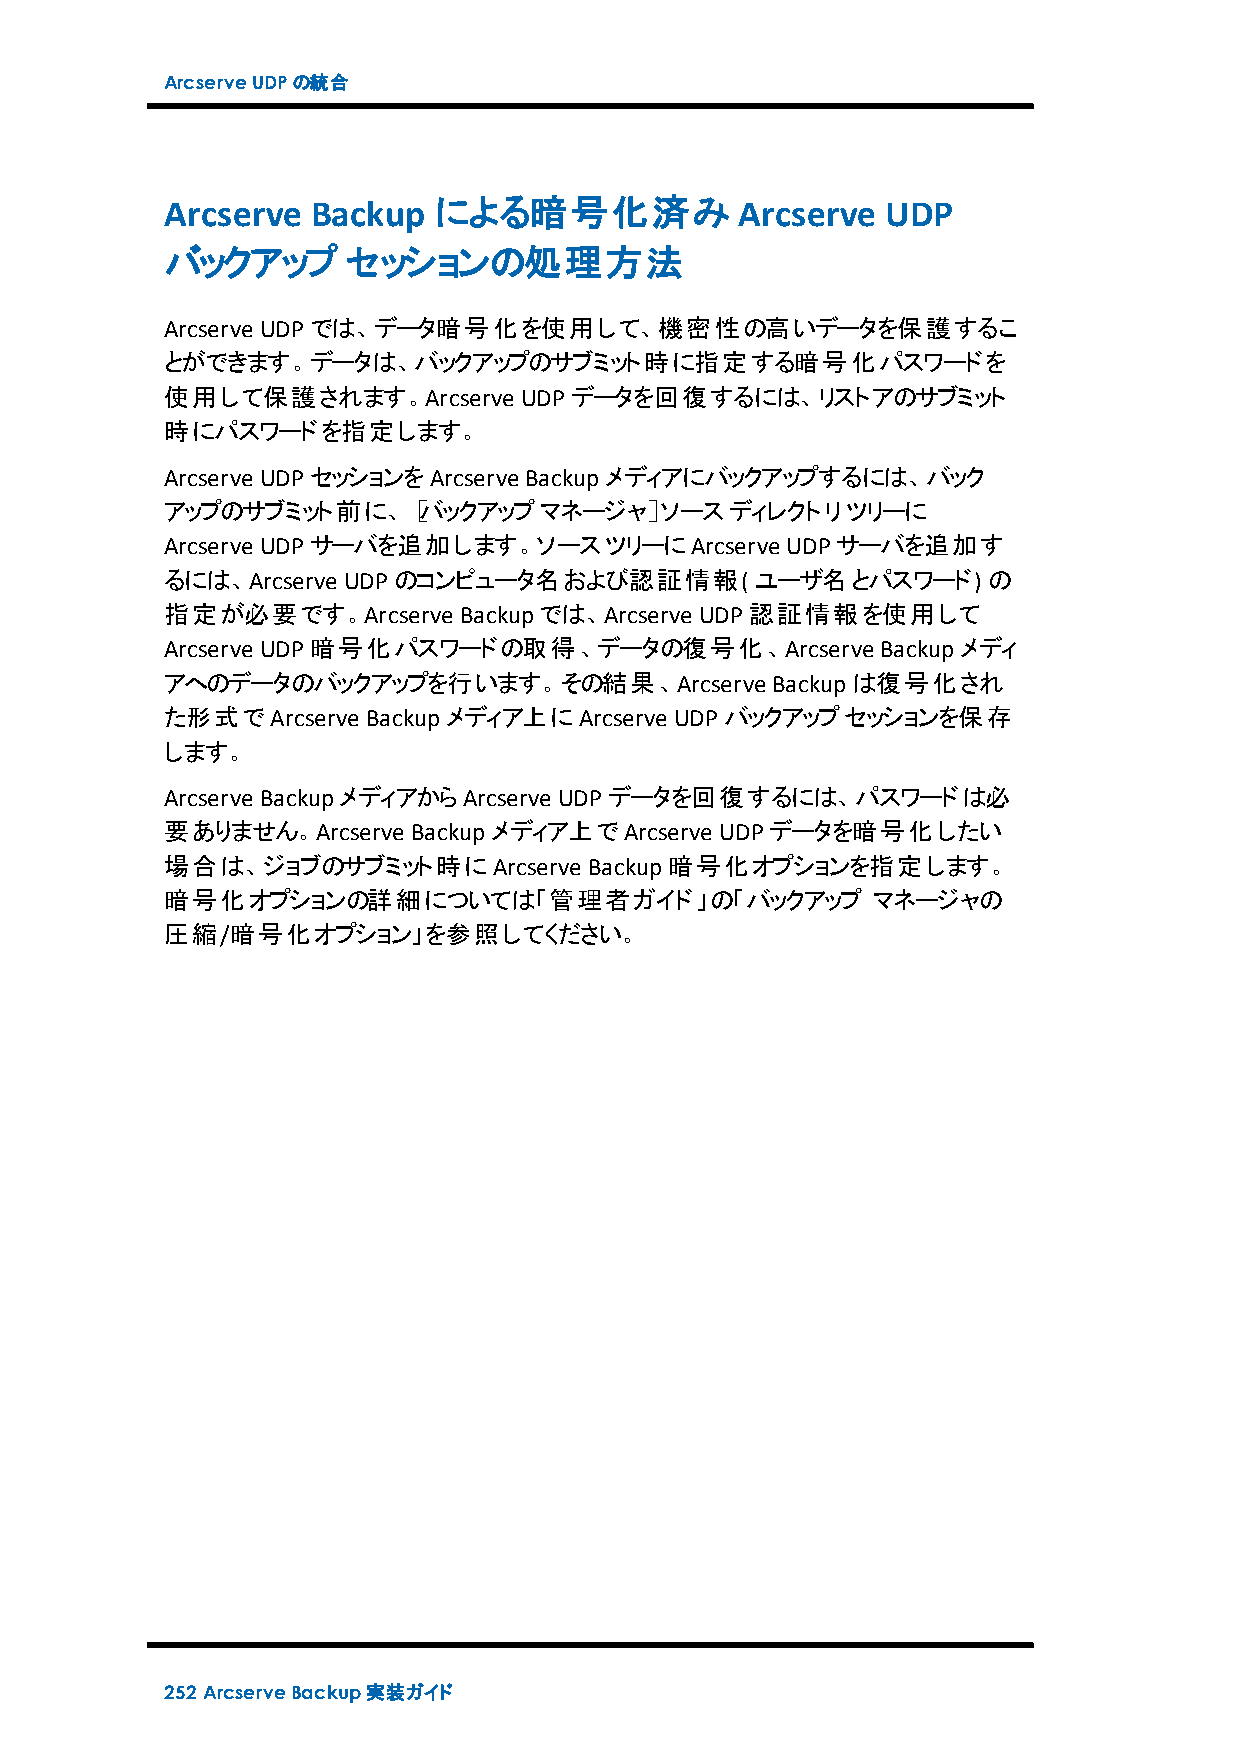
ArcserveUDPの統合
 Arcserve  Backup  による暗号化済み            Arcserve  UDP
 バックアップ      セッションの処理方法
 Arcserve UDPでは、データ暗号化を使用して、機密性の高いデータを保護するこ
 とができます。データは、バックアップのサブミット時に指定する暗号化パスワードを
 使用して保護されます。Arcserve    UDPデータを回復するには、リストアのサブミット
 時にパスワードを指定します。
 Arcserve UDPセッションをArcserve Backupメディアにバックアップするには、バック
 アップのサブミット前に、［バックアップマネージャ］ソースディレクトリツリーに
 Arcserve UDPサーバを追加します。ソースツリーにArcserve    UDPサーバを追加す
 るには、Arcserve UDPのコンピュータ名および認証情報(       ユーザ名とパスワード)    の
 指定が必要です。Arcserve   Backupでは、Arcserve UDP認証情報を使用して
 Arcserve UDP暗号化パスワードの取得、データの復号化、Arcserve       Backupメディ
 アへのデータのバックアップを行います。その結果、Arcserve        Backupは復号化され
 た形式でArcserve Backupメディア上にArcserve UDPバックアップセッションを保存
 します。
 Arcserve BackupメディアからArcserve UDPデータを回復するには、パスワードは必
 要ありません。Arcserve Backupメディア上でArcserve UDPデータを暗号化したい
 場合は、ジョブのサブミット時にArcserve     Backup暗号化オプションを指定します。
 暗号化オプションの詳細については「管理者ガイド」の「バックアップ               マネージャの
 圧縮/暗号化オプション」を参照してください。
 252 ArcserveBackup実装ガイド